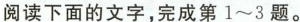
阅读下面的文字，完成第1～3题